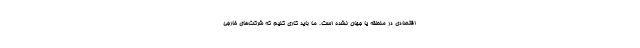
اقتصادی در منطقه یا جهان نشده است. ما باید کاری کنیم که شرکت‌های خارجی